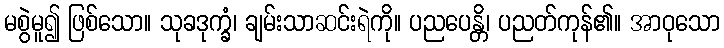
မစွဲမူ၍ ဖြစ်သော။ သုခဒုက္ခံ၊ ချမ်းသာဆင်းရဲကို။ ပညပေန္တိ၊ ပညတ်ကုန်၏။ အာဝုသော